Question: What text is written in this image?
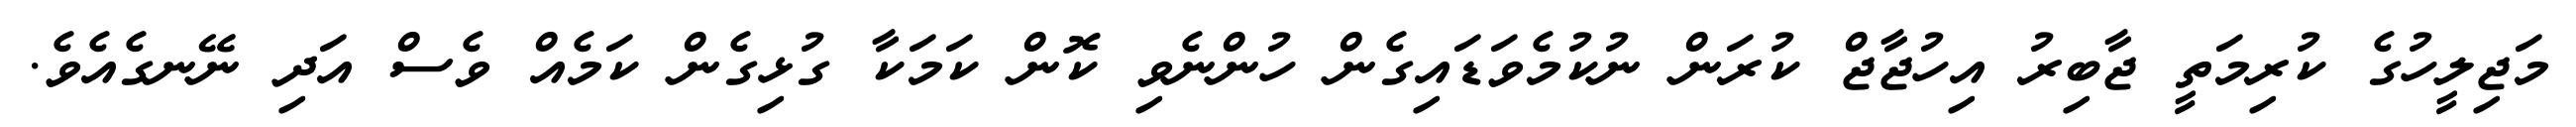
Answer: މަޖިލީހުގެ ކުރިމަތީ ޖާބިރު އިހުޖާޖް ކުރަން ނުކުމެވަޑައިގެން ހުންނެވި ކޮން ކަމަކާ ގުޅިގެން ކަމެއް ވެސް އަދި ނޭނގެއެވެ.